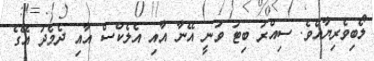
ލޯބިވެރިޔާއެވެ. ސިއްރު ބިޓު ވަނީ އޭނާ އާއި އެލެކްސް އާއި ދެމެދު އޭގެ